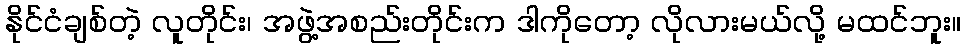
နိုင်ငံချစ်တဲ့ လူတိုင်း၊ အဖွဲ့အစည်းတိုင်းက ဒါကိုတော့ လိုလားမယ်လို့ မထင်ဘူး။